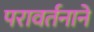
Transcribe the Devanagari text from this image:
परावर्तनाने